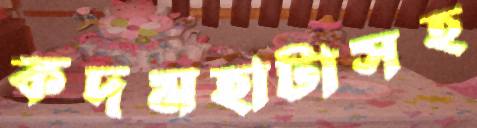
কদমহাটাসহ